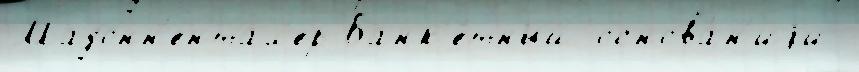
Мадонн'ентал'ер Банк'е́тный основа́н'иjи